Indian journal of veterinary science and animal husbandry - Volume 6,
Year: 1936
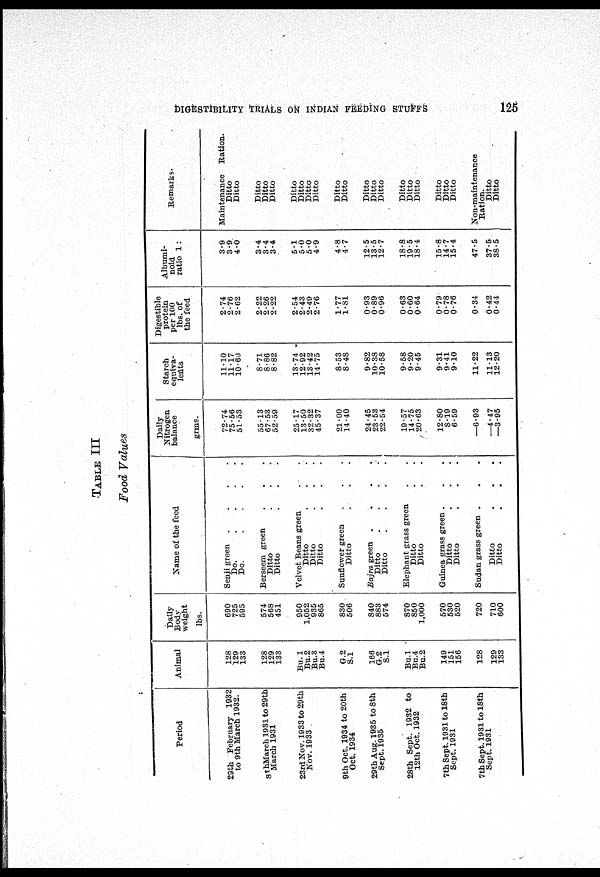
DIGESTIBILITY TRIALS ON INDIAN FEEDING STUFFS
126
TABLE III
Food Values
Period
23th February 1932
to 9th March 1932.
8thMarch 1931 to 29th
March 1931
23rd Nov. 1933 to 29th
Nov. 1933
9th Oct. 1934 to 20th
Oct. 1934
29th Aug. 1935 to 8th
Sept. 1935
28th Sept. 1932 to
12th Oct. 1932
7th Sept. 1931 to 18th
Sept. 1931
7th Sept. 1931 to 18th
Sept. 1931
Animal
128
129
133
128
129
133
Bu.1
Bu.2
Bu.3
Bu.4
G.2
S.l
166
G.2
S.l
Bu.l
Bu.4
Bu.2
149
151
156
128
129
133
Daily
Body
weight
lbs.
690
725
595
574
568
451
950
1,052
935
865
830
506
840
883
574
870
850
1,000
570
530
520
720
710
600
Name of the feed
Senji green
....
Do.
....
Do.
....
Berseem green . . .
Ditto . . .
Ditto . . .
Velvet Beans green . .
Ditto . . .
Ditto . . .
Ditto . . .
Sunflower green
Ditto
Bajra green
....
Ditto
....
Ditto
....
Elephant grass green
Ditto . .
Ditto . .
Guinea grass green . . .
Ditto . . .
Ditto . . .
Sudan grass green . . .
Ditto . . .
Ditto . . .
Daily
Nitrogen
balance
grms.
72.74
75.56
51.53
55.13
67.53
52.59
25.17
13.50
32.32
45.37
21.00
14.40
24.45
23.53
22.54
19.57
14.75
20.63
12.80
8.19
6.59
—6.93
—4.47
—3.95
Starch
equiva-
lents
11.10
11.17
10.60
8.71
8.86
8.82
13.74
12.92
13.42
14.75
8.53
8.48
9.82
10.38
10.58
9.58
9.20
9.45
9.31
9.41
9.10
11.22
11.13
12.20
Digestible
protein
per 100
lbs. of
the feed
2.74
2.76
2.62
2.22
2.26
2.22
2.54
2.43
2.49
2.76
1.77
1.81
0.93
0.89
0.96
0.63
0.60
0.64
0.79
0.78
0.76
0.34
0.42
0.44
Albumi-
noid
ratio 1:
3.9
3.9
4.0
3.4
3.4
3.4
5.1
5.0
50
4.9
4.8
4.7
12.5
13.5
12.7
18.8
19.5
18.4
15.8
14.7
15.4
47.5
37.5
38.5
Remarks -
Maintenance Ration.
Ditto
Ditto
Ditto
Ditto
Ditto
Ditto
Ditto
Ditto
Ditto
Ditto
Ditto
Ditto
Ditto
Ditto
Ditto
Ditto
Ditto
Ditto
Ditto
Ditto
Non-maintenance
Ration.
Ditto
Ditto